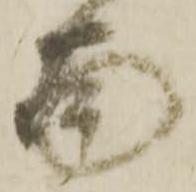
面